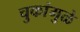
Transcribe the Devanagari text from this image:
चुकांमुळे